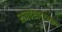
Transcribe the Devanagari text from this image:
राजवंशादरम्यान